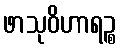
ဖာသုဝိဟာရဉ္စ